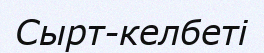
Сырт-келбеті